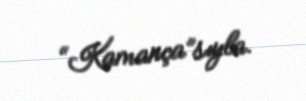
“Kamança”sıyla.